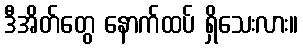
ဒီအိတ်တွေ နောက်ထပ် ရှိသေးလား။